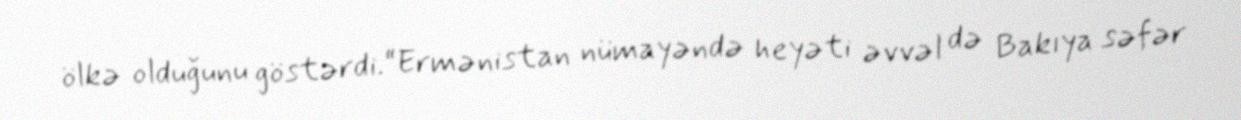
ölkə olduğunu göstərdi.“Ermənistan nümayəndə heyəti əvvəl də Bakıya səfər